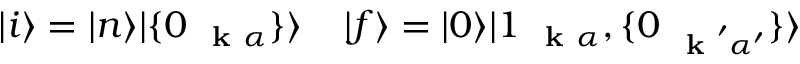
| i \rangle = | n \rangle | \{ 0 _ { \mathrm { ~ \bf ~ k ~ } \alpha } \} \rangle \; \; \; \; | f \rangle = | 0 \rangle | 1 _ { \mathrm { ~ \bf ~ k ~ } \alpha } , \{ 0 _ { \mathrm { ~ \bf ~ k ~ } ^ { \prime } \alpha ^ { \prime } } \} \rangle